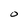
Character: 0